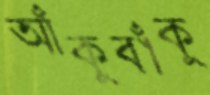
আঁকুবাঁকু